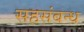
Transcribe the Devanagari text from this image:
सहसंबन्ध